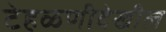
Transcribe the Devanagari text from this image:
टेहळणीदेखील